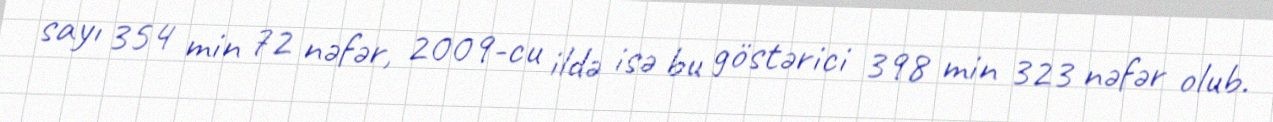
sayı 354 min 72 nəfər, 2009-cu ildə isə bu göstərici 398 min 323 nəfər olub.